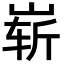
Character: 崭